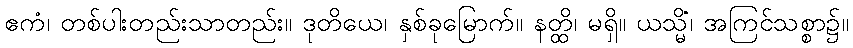
ဧကံ၊ တစ်ပါးတည်းသာတည်း။ ဒုတိယေ၊ နှစ်ခုမြောက်။ နတ္ထိ၊ မရှိ။ ယသ္မိံ၊ အကြင်သစ္စာ၌။